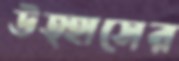
উত্হাসের